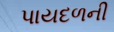
પાયદળની